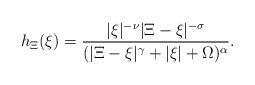
LaTeX: \begin{align*}h_\Xi(\xi) = \frac{|\xi|^{-\nu} |\Xi - \xi|^{-\sigma}}{(|\Xi - \xi|^\gamma + |\xi| + \Omega)^\alpha}.\end{align*}